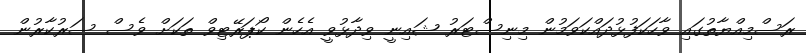
ރަސްމިއްޔާތުގައި ވާހަކަފުޅުދައްކަވަމުން މިނިސްޓަރު ޝައިނީ ވިދާޅުވީ އެހެން ކޯޕަރޭޓިވް ތަކަށް ވެސް ސަރުކާރުން